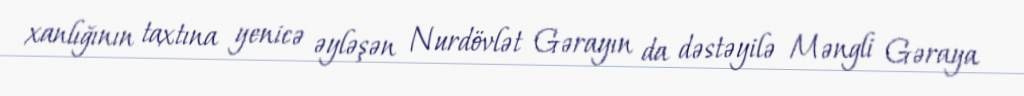
xanlığının taxtına yenicə əyləşən Nurdövlət Gərayın da dəstəyilə Məngli Gəraya